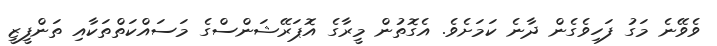
ވެވޭނެ މަގު ފަހިވެގެން ދާނެ ކަމަށެވެ. އެގޮތުން މީރާގެ އޮޕަރޭޝަންސްގެ މަސައްކަތްތަކާއި ތަންފީޒީ